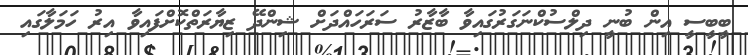
ބީބީސީ އިން ބުނީ ދިލްސުކްނަގަރުގައިވާ ބާޒާރު ސަރަހައްދަށް ޝިންދޭ ޒިޔާރަތްކޮށްފައިވާ އިރު ހަމަލާގައި